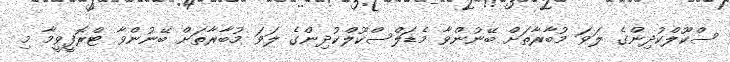
ސްކޫލްކުދިންގެ ލަވަ މުބާރާތަށް ބޭނުންވާ މެޑަލްސްކޫލްކުދިންގެ ލަވަ މުބާރާތަށް ބޭނުންވާ ޓްރޮފީވީމާ މި